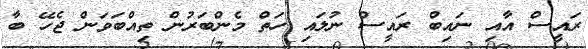
ރައީސް އާއި ނައިބް ރައީސް ނުލައި ހަތް މެންބަރުން ތިއްބަވަން ޖެހޭ ބާ